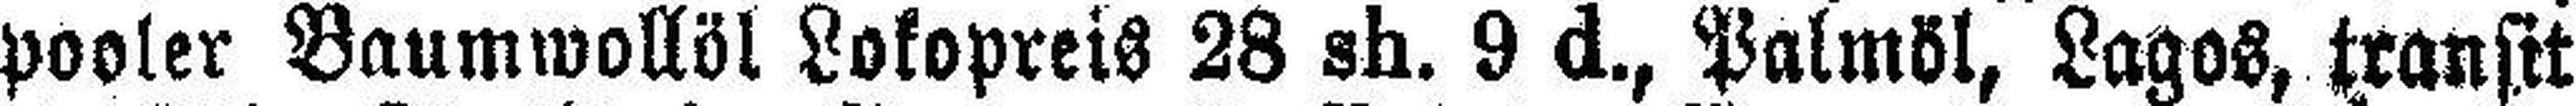
pooler Baumwollöl Lokopreis 28 sh. 9 d., Palmöl, Lagos, transit